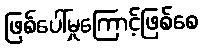
ဖြစ်ပေါ်မှုကြောင့်ဖြစ်စေ